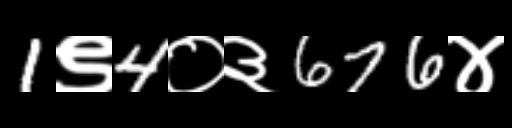
Text: 1९4०३676४